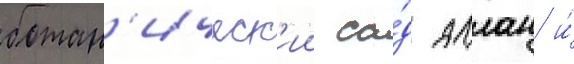
ботан'ическ'ии са́д аллан и́